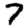
Digit: 7